Insane asylums in Bengal annual reports 1876-1887 - 1876-1887
Year: 1876
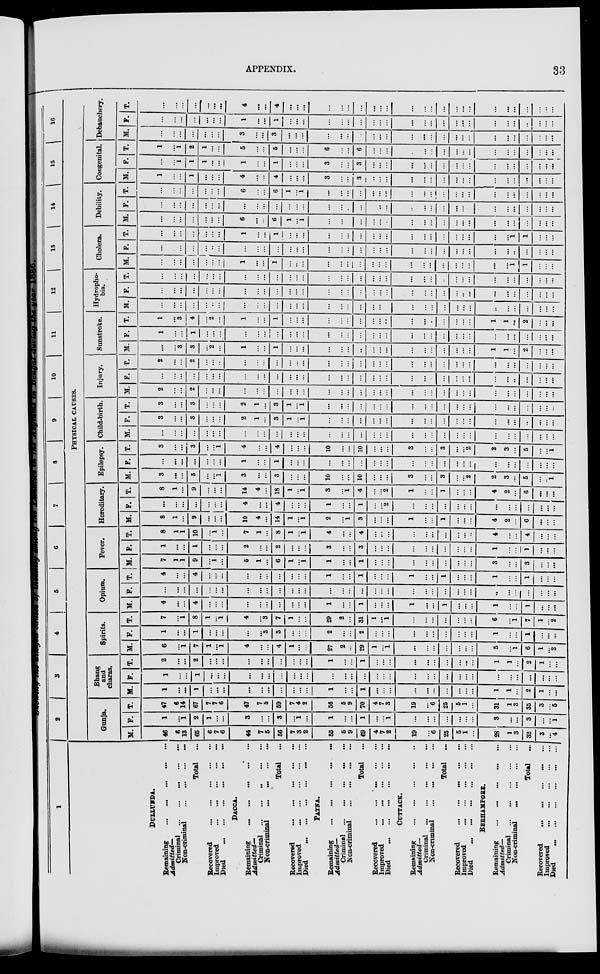
APPENDIX.
33
Showing the alleged causes of insanity
among the Lunatics
in the
Asylums in Bengal during the year 1886.
1
DULLUNDA.
Remaining
...
...
...
...
...
Admitted—
Criminal
...
...
...
...
...
Non-criminal
... ... ... ...
Total
...
Recovered
...
...
...
...
...
Improved
...
...
...
...
...
Died
...
...
...
...
...
...
DACCA.
Remaining
...
...
...
...
...
Admitted—
Criminal ... ... ... ... ...
Non-criminal
...
...
...
...
Total ...
Recovered
...
...
...
...
...
Improved
...
...
...
...
...
Died
...
...
...
...
...
...
PATNA.
Remaining ... ... ... ... ...
Admitted—
Criminal ... ... ... ... ...
Non-criminal
...
...
...
...
Total ...
Recovered
...
...
...
...
...
Improved
...
...
...
...
...
Died
...
...
...
...
...
...
CUTTACK.
Remaining
...
...
...
...
...
Admitted—
Criminal
...
...
...
...
...
Non-criminal
...
...
...
...
Total ...
Recovered
...
...
...
...
...
Improved
...
...
...
...
...
Died
...
...
...
...
...
...
BERHAMPORE.
Remaining
...
...
...
...
...
Admitted—
Criminal
...
...
...
...
...
Non-criminal
...
...
...
...
Total ...
Recovered
...
...
...
...
...
Improved ... ... ... ... ...
Died
...
...
...
...
...
...
2
3
4
5
6
7 8 9
10 11
12
13 14 15 16
PHYSICAL CAUSES.
Gunja.
M.
46
6
13
65
6
7
6
44
7
5
56
7
3
2
55
5
9
69
4
7
2
19
...
6
25
5
1
...
28
1
3
32
3
...
4
F.
1
...
1
2
1
...
...
3
...
...
3
...
1
...
1
...
...
1
...
...
1
...
...
...
...
...
...
...
3
...
...
3
...
...
1
T.
47
6
14
67
7
7
6
47
7
5
59
7
4
2
56
5
9
70
4
7
3
19
...
6
25
5
1
...
31
1
3
35
3
...
5
Bhang
and
charas.
M.
1
...
...
1
...
...
...
...
...
...
...
...
...
...
1
...
...
1
...
...
...
...
...
...
...
...
...
...
1
1
...
2
1
...
...
F.
1
...
...
1
...
...
...
...
...
...
...
...
...
...
...
...
...
...
...
...
...
...
...
...
...
...
...
...
...
...
...
...
...
...
...
T.
2
...
...
2
...
...
...
...
...
...
...
...
...
...
1
...
...
1
...
...
...
...
...
...
...
...
...
...
1
1
...
2
1
...
...
Spirits.
M.
6
...
1
7
1
...
1
4
...
...
4
1
...
...
27
2
...
29
1
...
1
...
...
...
...
...
...
...
5
...
1
6
1
...
2
F.
1
...
...
1
...
...
...
...
...
3
3
...
...
...
2
...
...
2
...
...
...
...
...
...
...
...
...
...
1
...
...
1
...
...
...
T.
7
...
1
8
1
...
1
4
...
3
7
1
...
...
29
2
...
31
1
...
1
...
...
...
...
...
...
...
6
...
1
7
1
...
2
Opium.
M.
4
...
...
4
...
...
...
...
...
...
...
...
...
...
1
...
...
1
...
...
...
1
...
...
1
...
...
...
1
...
...
1
...
...
...
F.
...
...
...
...
...
...
...
...
...
...
...
...
...
...
...
...
...
...
...
...
...
...
...
...
...
...
...
...
...
...
...
...
...
...
...
T.
4
...
...
4
...
...
...
...
...
...
...
...
...
...
1
...
...
1
...
...
...
1
...
...
1
...
...
...
1
...
...
1
...
...
...
Fever.
M.
7
1
1
9
...
1
...
5
1
...
6
1
...
1
1
...
...
1
...
...
...
...
...
...
...
...
...
...
3
...
...
3
...
...
...
F.
1
...
...
1
...
...
...
2
...
...
2
...
...
...
3
...
...
3
...
...
...
...
...
...
...
...
...
...
1
...
...
1
...
...
...
T.
8
1
1
10
...
1
...
7
1
...
8
1
...
1
4
...
...
4
...
...
...
...
...
...
...
...
...
...
4
...
...
4
...
...
...
Hereditary.
M.
8
1
...
9
...
...
...
10
4
...
14
1
...
1
2
...
1
3
...
...
...
1
...
...
1
...
...
...
4
2
...
6
...
...
...
F.
...
...
...
...
...
...
...
4
...
...
4
...
...
...
1
...
...
1
...
...
2
...
...
...
...
...
...
...
...
...
...
...
...
...
...
T.
8
1
...
9
...
...
...
14
4
...
18
1
...
1
3
...
1
4
...
...
2
1
...
...
1
...
...
...
4
2
...
6
...
...
...
Epilepsy.
M.
3
...
...
3
...
...
1
3
...
...
3
...
...
...
10
...
...
10
...
...
...
3
...
...
3
...
...
2
2
3
...
5
...
...
1
F.
...
...
...
...
...
...
...
1
...
...
1
...
...
...
...
...
...
...
...
...
...
...
...
...
...
...
...
...
...
...
...
...
...
...
...
T.
3
...
...
3
...
...
1
4
...
...
4
...
...
...
10
...
...
10
...
...
...
3
...
...
3
...
...
2
2
3
...
5
...
...
1
Child-birth.
M.
...
...
...
...
...
...
...
...
...
...
...
...
...
...
...
...
...
...
...
...
...
...
...
...
...
...
...
...
...
...
...
...
...
...
...
F.
3
...
...
3
...
...
...
2
1
...
3
1
...
1
...
...
...
...
...
...
...
...
...
...
...
...
...
...
...
...
...
...
...
...
...
T.
3
...
...
3
...
...
...
2
1
...
3
1
...
1
...
...
...
...
...
...
...
...
...
...
...
...
...
...
...
...
...
...
...
...
...
Injury.
M
2
...
...
2
...
...
...
...
...
...
...
...
...
...
...
...
...
...
...
...
...
...
...
...
...
...
...
...
...
...
...
...
...
...
...
F.
...
...
...
...
...
...
...
...
...
...
...
...
...
...
...
...
...
...
...
...
...
...
...
...
...
...
...
...
...
...
...
...
...
...
...
T.
2
...
...
2
...
...
...
...
...
...
...
...
...
...
...
...
...
...
...
...
...
...
...
...
...
...
...
...
...
...
...
...
...
...
...
Sunstroke.
M.
...
...
3
3
...
2
...
1
...
...
1
...
...
...
...
...
...
...
...
...
...
...
...
...
...
...
...
...
1
1
...
2
...
...
...
F.
1
...
...
1
...
...
...
...
...
...
...
...
...
...
...
...
...
...
...
...
...
...
...
...
...
...
...
...
...
...
...
...
...
...
...
T.
1
...
3
4
...
2
...
1
...
...
1
...
...
...
...
...
...
...
...
...
...
...
...
...
...
...
...
...
1
1
...
2
...
...
...
Hydropho-
bia.
M.
...
...
...
...
...
...
...
...
...
...
...
...
...
...
...
...
...
...
...
...
...
...
...
...
...
...
...
...
...
...
...
...
...
...
...
F.
...
...
...
...
...
...
...
...
...
...
...
...
...
...
...
...
...
...
...
...
...
...
...
...
...
...
...
...
...
...
...
...
...
...
...
T.
...
...
...
...
...
...
...
...
...
...
...
...
...
...
...
...
...
...
...
...
...
...
...
...
...
...
...
...
...
...
...
...
...
...
...
Cholera.
M
...
...
...
...
...
...
...
1
...
...
1
...
...
...
...
...
...
...
...
...
...
...
...
...
...
...
...
...
...
...
1
1
...
...
...
F.
...
...
...
...
...
...
...
...
...
...
...
...
...
...
...
...
...
...
...
...
...
...
...
...
...
...
...
...
...
...
...
...
...
...
...
T.
...
...
...
...
...
...
...
1
...
...
1
...
...
...
...
...
...
...
...
...
...
...
...
...
...
...
...
...
...
...
1
1
...
...
...
Debility.
M.
...
...
...
...
...
...
...
6
...
...
6
1
...
1
...
...
...
...
...
...
...
...
...
...
...
...
...
...
...
...
...
...
...
...
...
F.
...
...
...
...
...
...
...
...
...
...
...
...
...
...
...
...
...
...
...
...
...
...
...
...
...
...
...
...
...
...
...
...
...
...
...
T.
...
...
...
...
...
...
...
6
...
...
6
1
...
1
...
...
...
...
...
...
...
...
...
...
...
...
...
...
...
...
...
...
...
...
...
Congenital.
M.
1
...
...
1
...
...
...
4
...
...
4
...
...
...
3
...
...
3
...
...
...
...
...
...
...
...
...
...
...
...
...
...
...
...
...
F.
...
...
1
1
1
...
...
1
...
...
1
...
...
...
3
...
...
3
...
...
...
...
...
...
...
...
...
...
...
...
...
...
...
...
...
T.
1
...
1
2
1
...
...
5
...
...
5
...
...
...
6
...
...
6
...
...
...
...
...
...
...
...
...
...
...
...
...
...
...
...
...
Debauchery.
M.
...
...
...
...
...
...
...
3
...
...
3
...
...
...
...
...
...
...
...
...
...
...
...
...
...
...
...
...
...
...
...
...
...
...
...
F.
...
...
...
...
...
...
...
1
...
...
1
...
...
...
...
...
...
...
...
...
...
...
...
...
...
...
...
...
...
...
...
...
...
...
...
T.
...
...
...
...
...
...
...
4
...
...
4
...
...
...
...
...
...
...
...
...
...
...
...
...
...
...
...
...
...
...
...
...
...
...
...